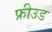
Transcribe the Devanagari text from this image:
फ्रीउड